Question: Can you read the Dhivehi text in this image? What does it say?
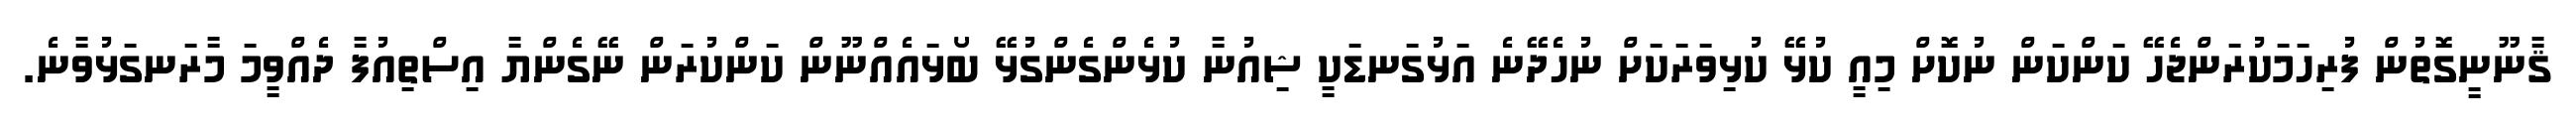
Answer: ޤާނޫނީގޮތުން ފުރިހަމަކުރަންޖެހޭ ކަންކަން ނުކޮށް މިއީ ކުޅޭ ކުޅިވަރަކަށް ނުހެދޭނެ އަޅުގަނޑަކީ ޝިއުނާ ކުޅެންގެންގުޅޭ ބޯޅައެއްނޫން ކަންކުރަން ނޭގެންޔާ އިސްތިއުފާ ދެއްވީމަ މާރަނގަޅުވާނެ.